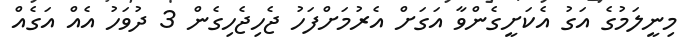
މިނީލަމުގެ އަގު އެކަށީގެންވާ އަގަށް އެރުމަށްފަހު ޖެހިޖެހިގެން 3 ދުވަހު އެއް އަގެއް